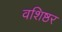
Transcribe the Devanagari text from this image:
वशिष्ठर